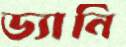
ড্যানি